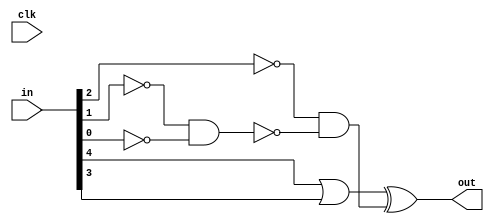
`timescale 1ns / 1ps
//////////////////////////////////////////////////////////////////////////////////
// Company: 
// Engineer: 
// 
// Design Name: 
// Module Name: var1
// Project Name: 
// Target Devices: 
// Tool Versions: 
// Description: 
// 
// Dependencies: 
// 
// Revision:
// Revision 0.01 - File Created
// Additional Comments:
// 
//////////////////////////////////////////////////////////////////////////////////


module var1(
    input clk,
    input [4:0] in,
    output out
    );
    assign out = (in[4] | in[3]) ^ (~in[2] & ~(~in[1] & ~in[0]));
endmodule